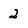
Character: 2